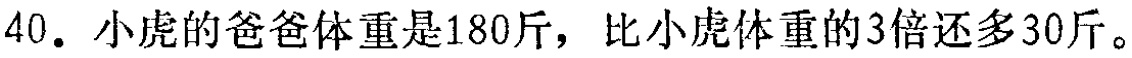
40. 小虎的爸爸体重是180斤，比小虎体重的3倍还多30斤。